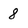
Character: 8